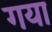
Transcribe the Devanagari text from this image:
गया